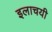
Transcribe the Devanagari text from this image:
इलाचयी